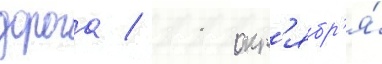
дорога / 11 окт'ябр'я́